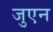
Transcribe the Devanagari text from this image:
जुएन